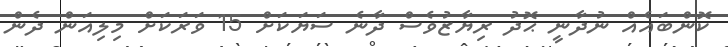
ކޮންބައެއް ނުދާނީ ޙޮދު ރިޔާޒުވެސް ދާނެ ސަޔަކަށް 15 ވަރަކަށް މިލިއަން ދެން